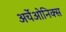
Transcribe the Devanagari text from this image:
अर्चेओनिक्स